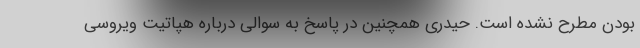
بودن مطرح نشده است. حیدری همچنین در پاسخ به سوالی درباره هپاتیت ویروسی